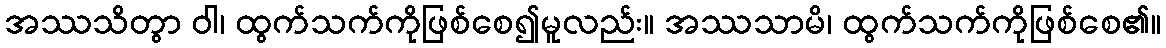
အဿသိတွာ ဝါ၊ ထွက်သက်ကိုဖြစ်စေ၍မူလည်း။ အဿသာမိ၊ ထွက်သက်ကိုဖြစ်စေ၏။